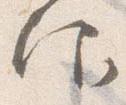
仰